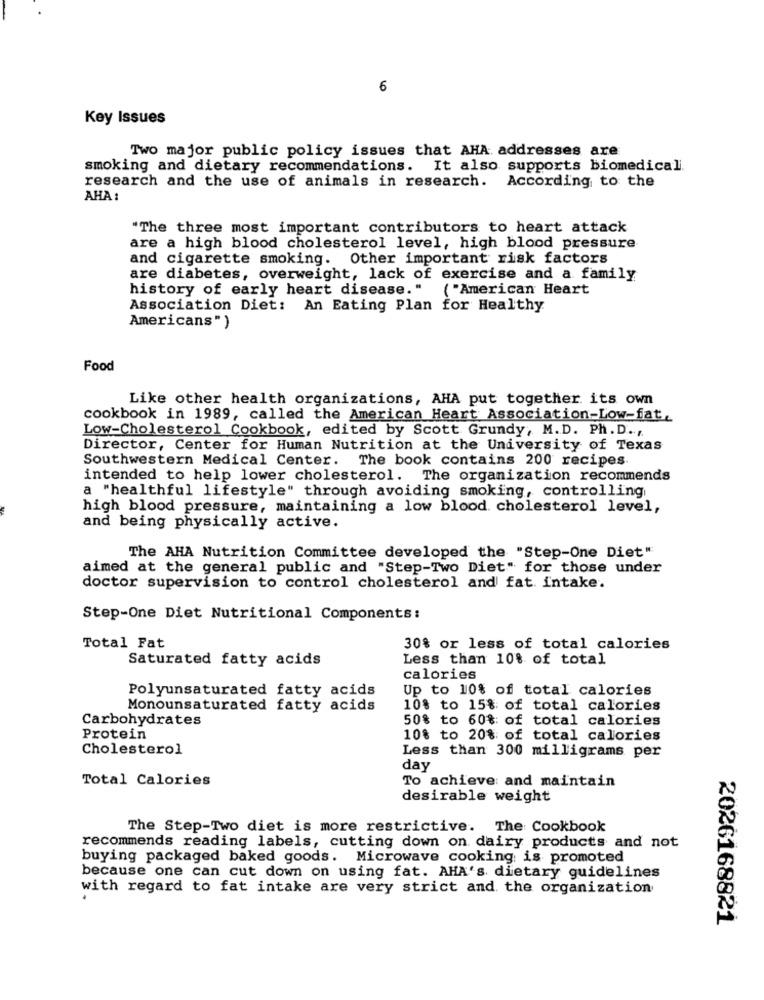
6
Key Issues
Two major public policy issues that AHA. addresses are
smoking and dietary recommendations. It also supports biomedicali
research and the use of animals in research. According to the
AHA :
"The three most important contributors to heart attack
are a high blood cholesterol level, high blood pressure
and cigarette smoking. Other important risk factors
are diabetes, overweight, lack of exercise and a family
history of early heart disease."
( "American Heart
Association Diet: An Eating Plan for Healthy
Americans")
Food
Like other health organizations, AHA put together its own
cookbook in 1989, called the American Heart Association-Low-fat,
Low-Cholesterol Cookbook, edited by Scott Grundy, M.D. Ph. D .,
Director, Center for Human Nutrition at the University of Texas
Southwestern Medical Center. The book contains 200 recipes
intended to help lower cholesterol. The organization recommends
a "healthful lifestyle" through avoiding smoking, controlling
high blood pressure, maintaining a low blood cholesterol level,
and being physically active.
The AHA Nutrition Committee developed the "Step-One Diet"
aimed at the general public and "Step-Two Diet" for those under
doctor supervision to control cholesterol and fat intake.
Step-One Diet Nutritional Components:
Total Fat
30% or less of total calories
Saturated fatty acids
Less than 10% of total
calories
Polyunsaturated fatty acids
Up to 10% of total calories
Monounsaturated fatty acids
10% to 15% of total calories
Carbohydrates
50% to 60% of total calories
Protein
10% to 20% of total calories
Cholesterol
Less than 300 milligrams per
day
Total Calories
To achieve and maintain
desirable weight
The Step-Two diet is more restrictive. The Cookbook
recommends reading labels, cutting down on dairy products and not
buying packaged baked goods. Microwave cooking is promoted
because one can cut down on using fat. AHA's. dietary guidelines
with regard to fat intake are very strict and the organization
2026168821